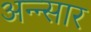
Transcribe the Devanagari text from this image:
अन्न्सार